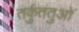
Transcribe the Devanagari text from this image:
तर्कुतंतुओं